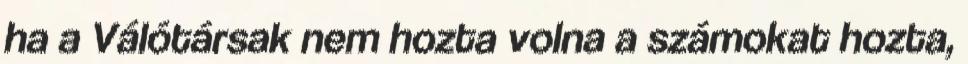
ha a Válótársak nem hozta volna a számokat hozta,